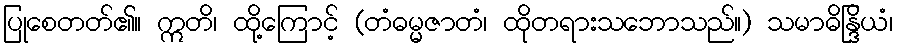
ပြုစေတတ်၏။ ဣတိ၊ ထို့ကြောင့် (တံဓမ္မဇာတံ၊ ထိုတရားသဘောသည်။) သမာဓိန္ဒြိယံ၊